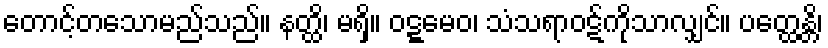
တောင့်တသောမည်သည်။ နတ္ထိ၊ မရှိ။ ဝဋ္ဋမေဝ၊ သံသရာဝဋ်ကိုသာလျှင်။ ပတ္ထေန္တိ၊